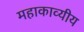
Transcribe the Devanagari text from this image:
महाकाव्यीय